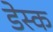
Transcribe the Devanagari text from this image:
डेस्‍क